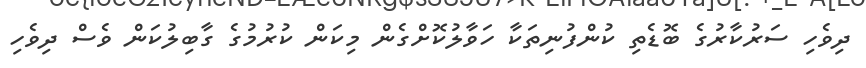
ދިވެހި ސަރުކާރުގެ ބޮޑެތި ކުންފުނިތަކާ ހަވާލުކޮށްގެން މިކަން ކުރުމުގެ ގާބިލުކަން ވެސް ދިވެހި